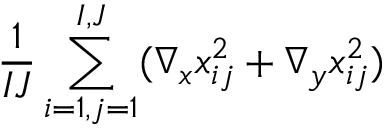
\frac { 1 } { I J } \sum _ { i = 1 , j = 1 } ^ { I , J } ( \nabla _ { x } x _ { i j } ^ { 2 } + \nabla _ { y } x _ { i j } ^ { 2 } )